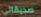
صديقاتي